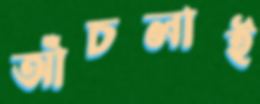
আঁচলাই